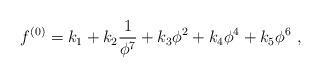
LaTeX: \begin{align*}f^{(0)} = k_1 + k_2 \frac{1}{\phi^7} + k_3 \phi^2 + k_4 \phi^4 + k_5 \phi^6 ~ ,\end{align*}